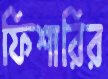
ফিশারির